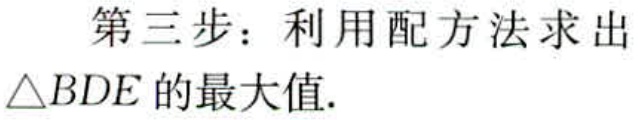
第三步：利用配方法求出

$\triangle BDE$的最大值.